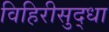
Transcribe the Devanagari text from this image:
विहिरीसुद्धा